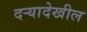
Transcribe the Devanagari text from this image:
दर्‍यादेखील